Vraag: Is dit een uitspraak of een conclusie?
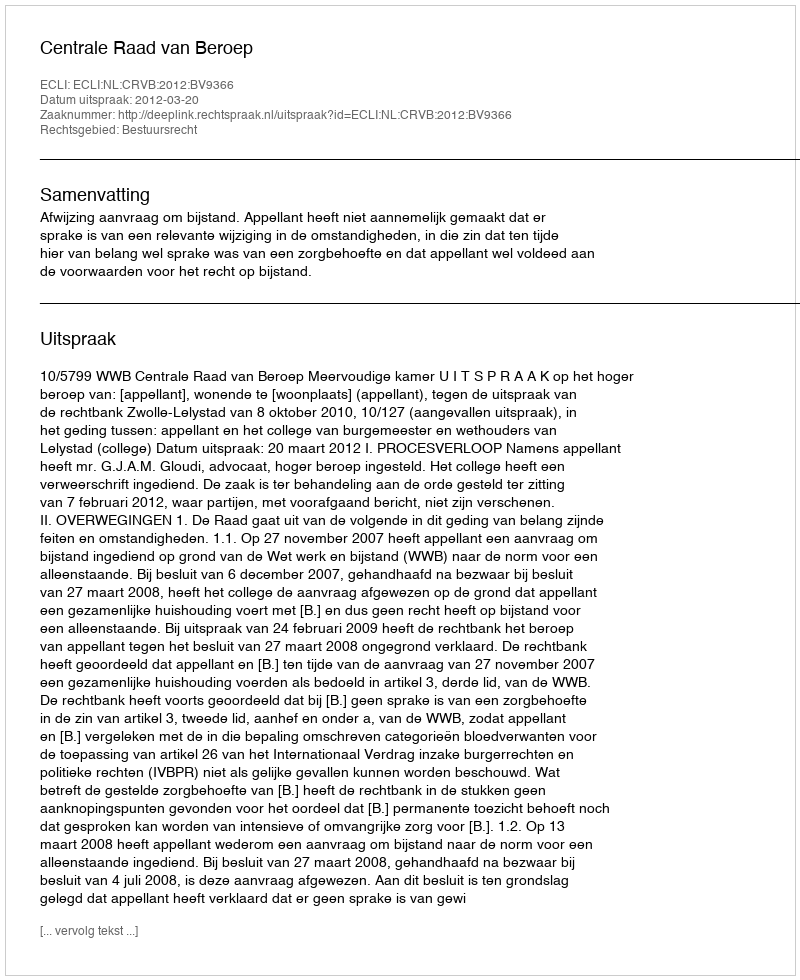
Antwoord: Uitspraak